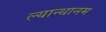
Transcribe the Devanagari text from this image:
ल्यान्थानम